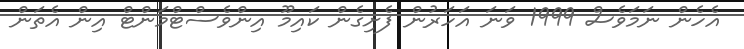
އެހެން ނަމަވެސް 1999 ވަނަ އަހަރުން ފެށިގެން ކައިމޫ އިންވެސްޓްމަންޓް އިން އެތަން